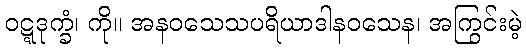
ဝဋ္ဋဒုက္ခံ၊ ကို။ အနဝသေသပရိယာဒါနဝသေန၊ အကြွင်းမဲ့